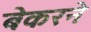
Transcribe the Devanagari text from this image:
बेकरने